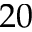
2 0